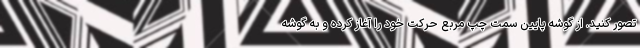
تصور کنید. از گوشه پایین سمت چپ مربع حرکت خود را آغاز کرده و به گوشه